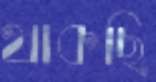
থাকছি